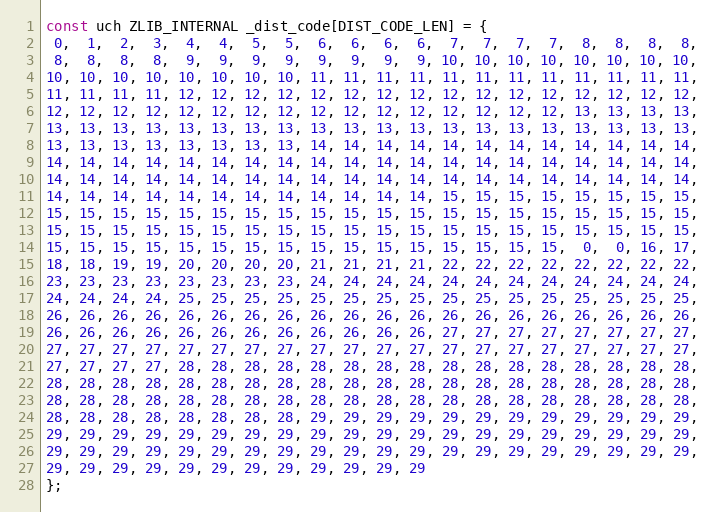
Language: C
const uch ZLIB_INTERNAL _dist_code[DIST_CODE_LEN] = {
 0,  1,  2,  3,  4,  4,  5,  5,  6,  6,  6,  6,  7,  7,  7,  7,  8,  8,  8,  8,
 8,  8,  8,  8,  9,  9,  9,  9,  9,  9,  9,  9, 10, 10, 10, 10, 10, 10, 10, 10,
10, 10, 10, 10, 10, 10, 10, 10, 11, 11, 11, 11, 11, 11, 11, 11, 11, 11, 11, 11,
11, 11, 11, 11, 12, 12, 12, 12, 12, 12, 12, 12, 12, 12, 12, 12, 12, 12, 12, 12,
12, 12, 12, 12, 12, 12, 12, 12, 12, 12, 12, 12, 12, 12, 12, 12, 13, 13, 13, 13,
13, 13, 13, 13, 13, 13, 13, 13, 13, 13, 13, 13, 13, 13, 13, 13, 13, 13, 13, 13,
13, 13, 13, 13, 13, 13, 13, 13, 14, 14, 14, 14, 14, 14, 14, 14, 14, 14, 14, 14,
14, 14, 14, 14, 14, 14, 14, 14, 14, 14, 14, 14, 14, 14, 14, 14, 14, 14, 14, 14,
14, 14, 14, 14, 14, 14, 14, 14, 14, 14, 14, 14, 14, 14, 14, 14, 14, 14, 14, 14,
14, 14, 14, 14, 14, 14, 14, 14, 14, 14, 14, 14, 15, 15, 15, 15, 15, 15, 15, 15,
15, 15, 15, 15, 15, 15, 15, 15, 15, 15, 15, 15, 15, 15, 15, 15, 15, 15, 15, 15,
15, 15, 15, 15, 15, 15, 15, 15, 15, 15, 15, 15, 15, 15, 15, 15, 15, 15, 15, 15,
15, 15, 15, 15, 15, 15, 15, 15, 15, 15, 15, 15, 15, 15, 15, 15,  0,  0, 16, 17,
18, 18, 19, 19, 20, 20, 20, 20, 21, 21, 21, 21, 22, 22, 22, 22, 22, 22, 22, 22,
23, 23, 23, 23, 23, 23, 23, 23, 24, 24, 24, 24, 24, 24, 24, 24, 24, 24, 24, 24,
24, 24, 24, 24, 25, 25, 25, 25, 25, 25, 25, 25, 25, 25, 25, 25, 25, 25, 25, 25,
26, 26, 26, 26, 26, 26, 26, 26, 26, 26, 26, 26, 26, 26, 26, 26, 26, 26, 26, 26,
26, 26, 26, 26, 26, 26, 26, 26, 26, 26, 26, 26, 27, 27, 27, 27, 27, 27, 27, 27,
27, 27, 27, 27, 27, 27, 27, 27, 27, 27, 27, 27, 27, 27, 27, 27, 27, 27, 27, 27,
27, 27, 27, 27, 28, 28, 28, 28, 28, 28, 28, 28, 28, 28, 28, 28, 28, 28, 28, 28,
28, 28, 28, 28, 28, 28, 28, 28, 28, 28, 28, 28, 28, 28, 28, 28, 28, 28, 28, 28,
28, 28, 28, 28, 28, 28, 28, 28, 28, 28, 28, 28, 28, 28, 28, 28, 28, 28, 28, 28,
28, 28, 28, 28, 28, 28, 28, 28, 29, 29, 29, 29, 29, 29, 29, 29, 29, 29, 29, 29,
29, 29, 29, 29, 29, 29, 29, 29, 29, 29, 29, 29, 29, 29, 29, 29, 29, 29, 29, 29,
29, 29, 29, 29, 29, 29, 29, 29, 29, 29, 29, 29, 29, 29, 29, 29, 29, 29, 29, 29,
29, 29, 29, 29, 29, 29, 29, 29, 29, 29, 29, 29
};